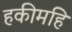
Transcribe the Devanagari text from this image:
हकीमहि